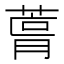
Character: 𮐛